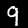
Label: 9